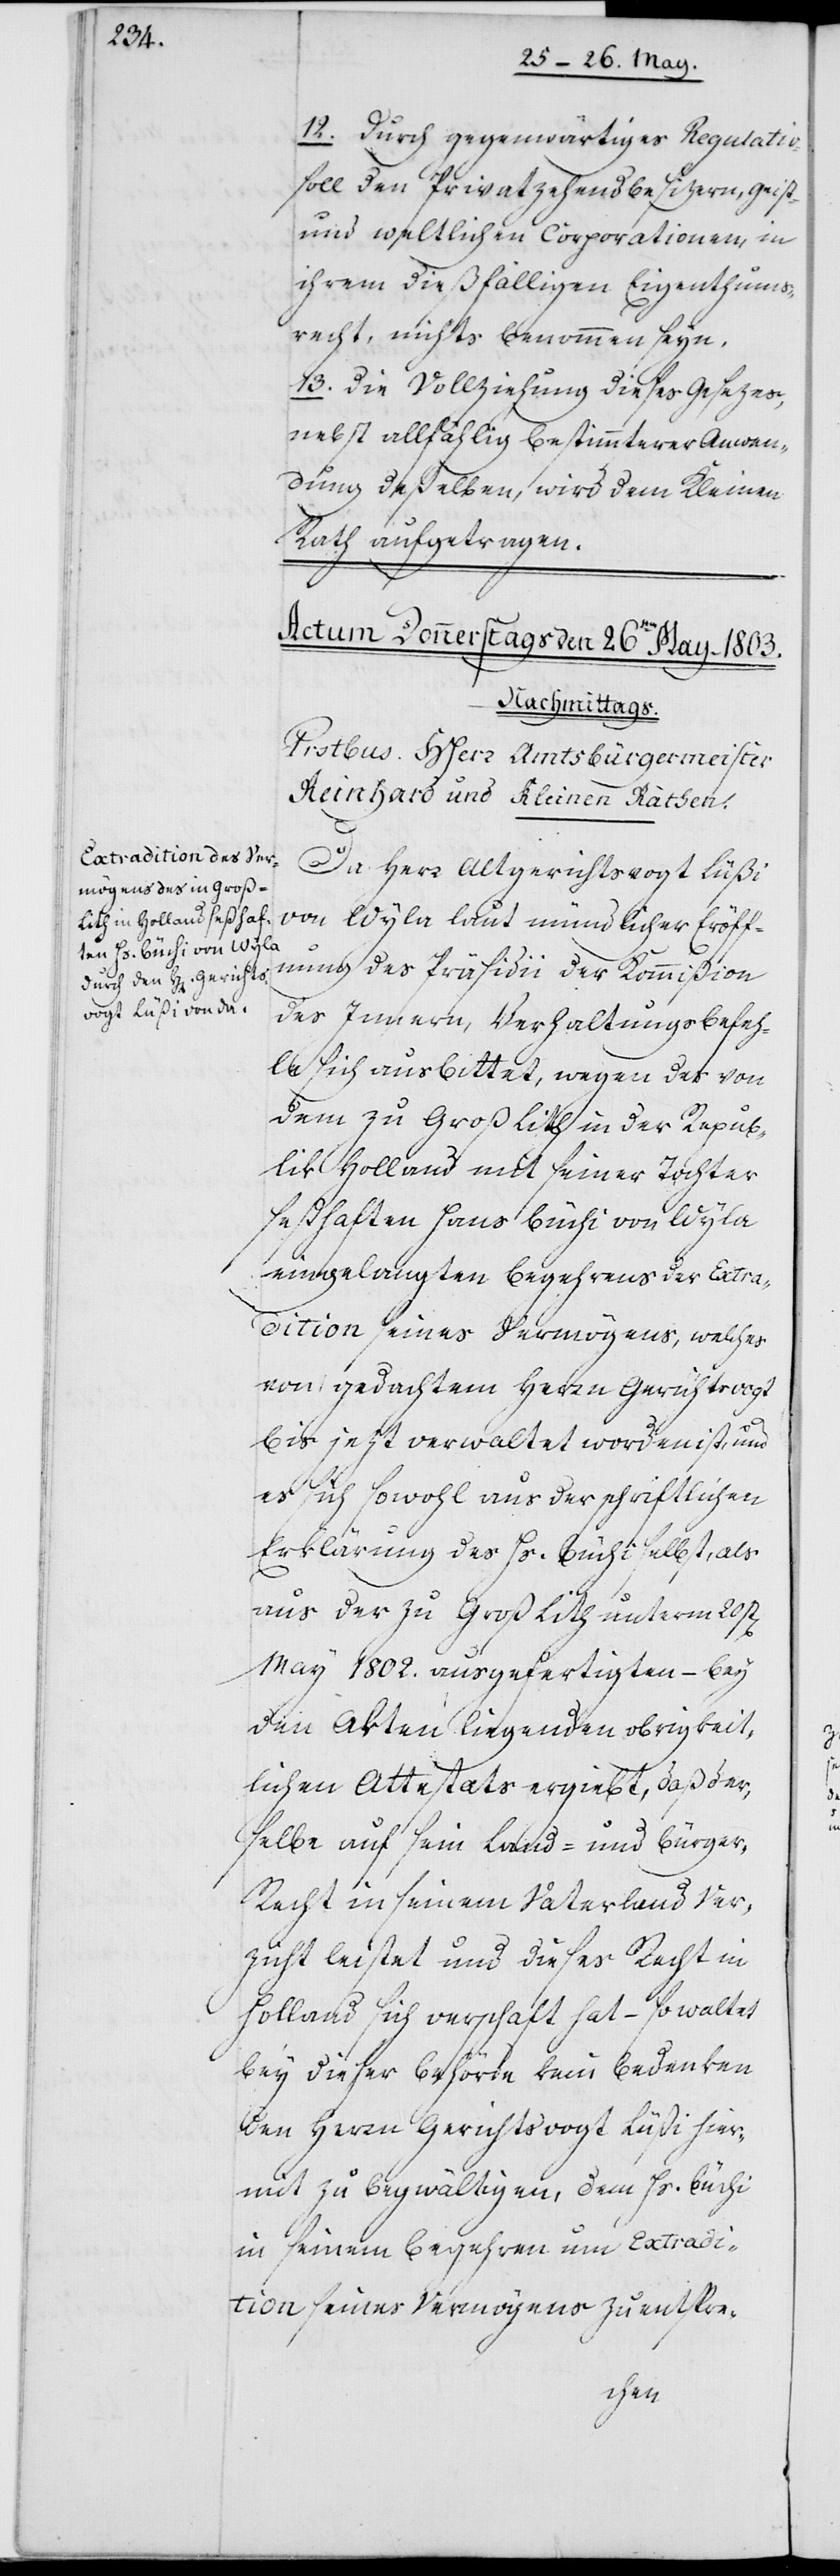
12. Durch gegenwärtiges Regulativ
soll den Privatzehendbesizern, geistl¬
und weltlichen Corporationen, in
ihrem dießfälligen Eigentums¬
recht, nichts benommen seyn.
13. Die Vollziehung dieses Gesezes
nebst allfählig bestimmterer Anwen¬
dung deßelben, wird dem Kleinen
Rath aufgetragen.
Da Herr Altgerichtsvogt Lüßi
von Wyla laut mündlicher Eröff¬
nung des Präsidii der Kommißion
des Innern, Verhaltungsbefeh¬
le sich ausbittet, wegen des von
dem zu Groß Lith in der Repub¬
lik Holland mit seiner Tochter
seßhaften Hans Büchi von Wyla
eingelangten Begehrens der Extrad¬
ition eines Vermögens, welches
von gedachtem Herrn Gerichtsvogt
bis jezt verwaltet worden ist, und
es sich sowohl aus der schriftlichen
Erklärung des Hs. Büchi selbst, als
aus der zu Groß Lith unterm 20sten
May 1802. ausgefertigten – bey
den Akten liegenden obrigkeit¬
lichen Attestats ergiebt, daß der¬
selbe auf sein Land- und Bürge¬
r-Recht in seinem Vaterland Ver¬
zicht leistet und dieses Recht in
Holland sich verschafft hat – so waltet
bey dieser Behörde kein Bedenken
den Herrn Gerichtsvogt Lüßi hier¬
mit zu begwältigen, dem Hs. Büchi
in seinem Begehren um Extradi¬
tion seines Vermögens zu entspre-
ichen